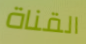
القناة